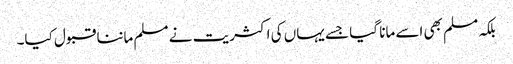
بلکہ مسلم بھی اسے مانا گیا جسے یہاں کی اکثریت نے مسلم ماننا قبول کیا۔